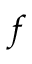
{ f }